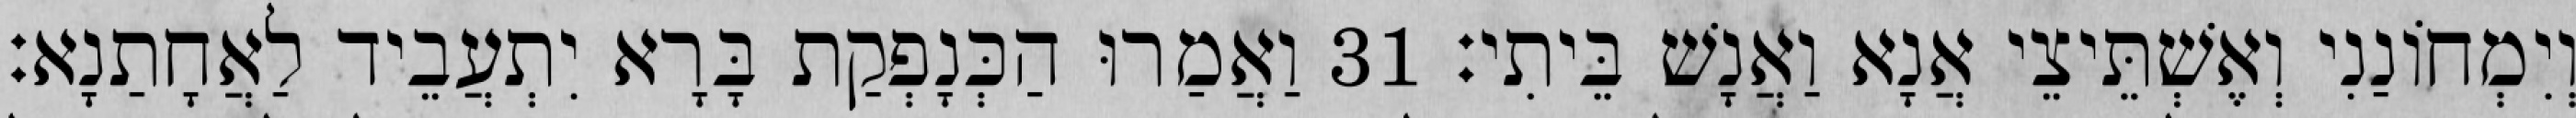
וְיִמְחוֹנַנִי וְאֶשְׁתֵּיצֵי אֲנָא וַאֲנָשׁ בֵּיתִי׃ 31 וַאֲמַרוּ הַכְּנָפְקַת בָּרָא יִתְעֲבֵיד לַאֲחָתַנָא׃